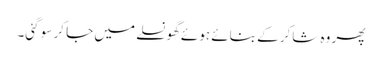
پھر وہ شاکر کے بنائے ہوئے گھونسلے میں جا کر سو گئی۔